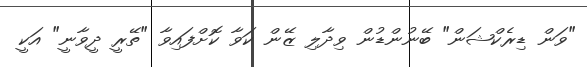
"ވަން ޑިރެކްޝަން" ބޭނުންޑުން ވިދާލި ޒޭން ކަވާ ކޮށްފައިވާ "ތޭރީ ދީވާނީ" އަކީ